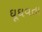
ઘૂઘવતા